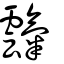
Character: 霼